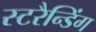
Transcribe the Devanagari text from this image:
स्टरैन्डिंग